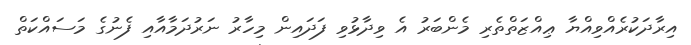
އިރާދަކުރެއްވިއްޔާ ޢިއްޒަތްތެރި މެންބަރު އެ ވިދާޅުވި ފަދައިން މިހާރު ނަރުދަމާއާއި ފެނުގެ މަސައްކަތް